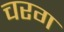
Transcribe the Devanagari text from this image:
चरग